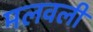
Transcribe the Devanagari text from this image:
मलवली